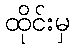
ထိုင်းမှ